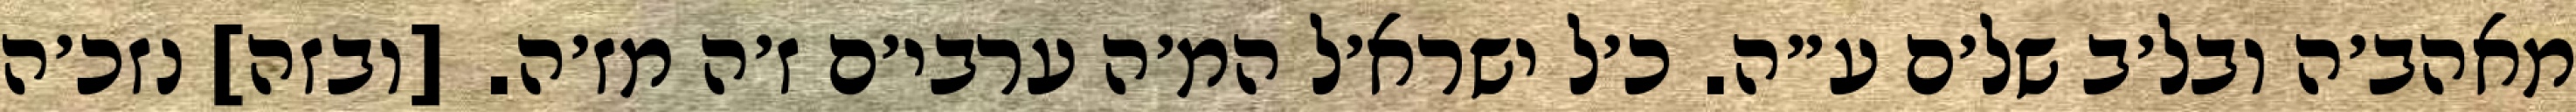
מאהב׳ה ובל׳ב של׳ם ע״ה. כ׳ל ישרא׳ל המ׳ה ערבי׳ם ז׳ה מז׳ה. [ובזה] נזכ׳ה